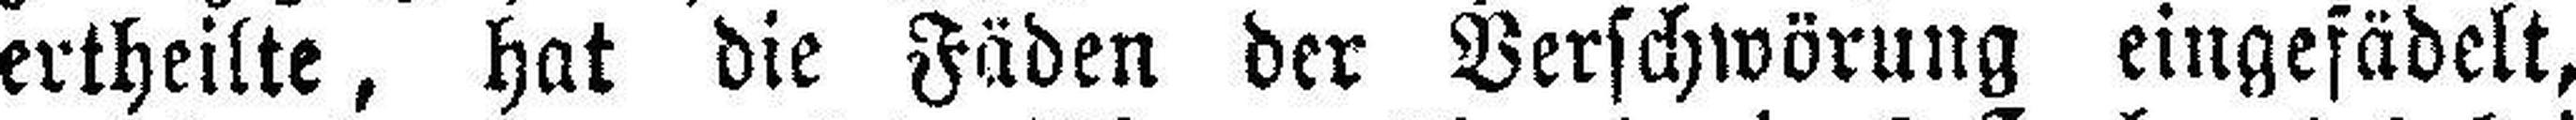
ertheilte, hat die Fäden der Verschwörung eingefädelt,